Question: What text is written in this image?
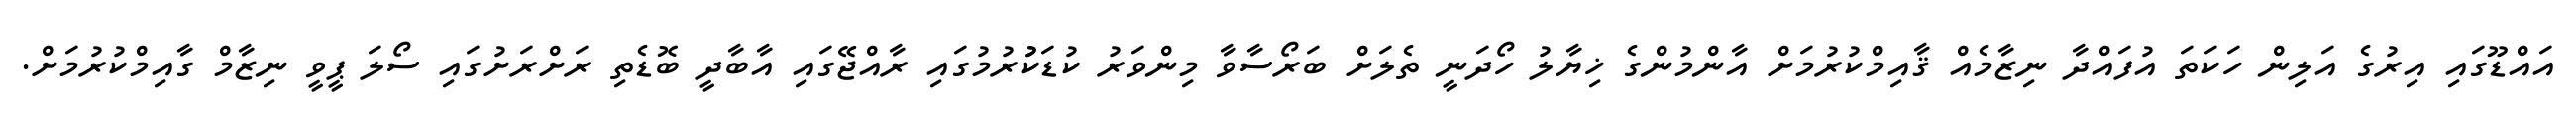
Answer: އައްޑޫގައި އިރުގެ އަލިން ހަކަތަ އުފައްދާ ނިޒާމެއް ޤާއިމްކުރުމަށް އާންމުންގެ ޚިޔާލު ހޯދަނީ ތެލަށް ބަރޯސާވާ މިންވަރު ކުޑަކުުރުމުގައި ރާއްޖޭގައި އާބާދީ ބޮޑެތި ރަށްރަށުގައި ސޯލަ ޕީވީ ނިޒާމް ގާއިމްކުރުމަށް.